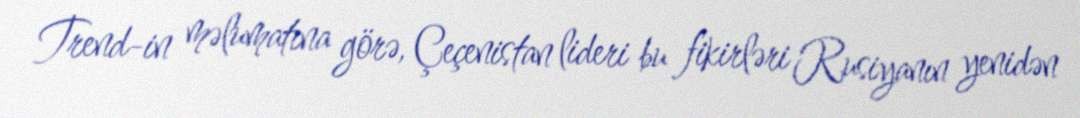
Trend-in məlumatına görə, Çeçenistan lideri bu fikirləri Rusiyanın yenidən